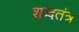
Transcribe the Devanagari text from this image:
शब्दतंत्र